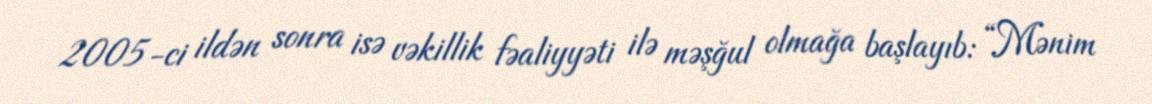
2005-ci ildən sonra isə vəkillik fəaliyyəti ilə məşğul olmağa başlayıb: “Mənim